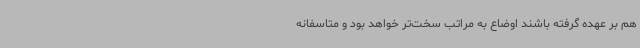
هم بر عهده گرفته باشند اوضاع به مراتب سخت‌تر خواهد بود و متاسفانه